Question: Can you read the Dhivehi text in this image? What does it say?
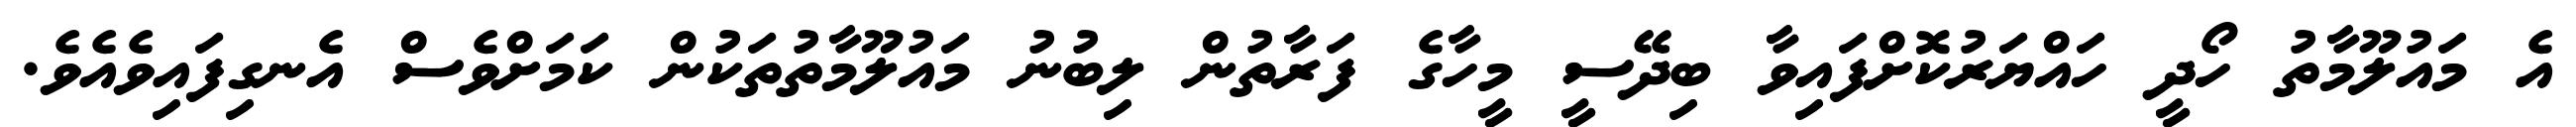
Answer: އެ މައުލޫމާތު ހޯދީ ހައްޔަރުކޮށްފައިވާ ބިދޭސީ މީހާގެ ފަރާތުން ލިބުނު މައުލޫމާތުތަކުން ކަމަށްވެސް އެނގިފައިވެއެވެ.